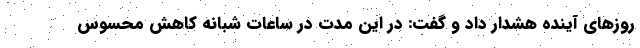
روزهای آینده هشدار داد و گفت: در این مدت در ساعات شبانه کاهش محسوس